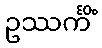
ဥဿင်္ကိံ